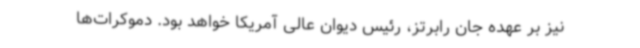
نیز بر عهده جان رابرتز، رئیس دیوان عالی آمریکا خواهد بود. دموکرات‌ها